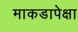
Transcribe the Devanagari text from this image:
माकडापेक्षा